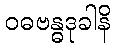
ဝဓဗန္ဓဒုခါနိ